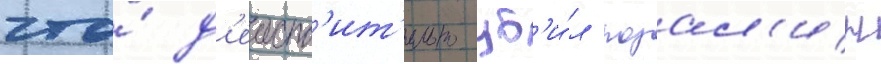
что́ д'еиств'ит'ельно уб'и́л розал'ин